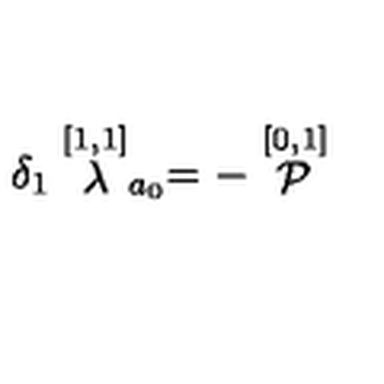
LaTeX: \delta _ { 1 } \stackrel { [ 1 , 1 ] } { \lambda } _ { a _ { 0 } } = - \stackrel { [ 0 , 1 ] } { \cal P }